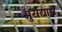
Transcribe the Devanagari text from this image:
सुराद्याश्च